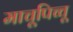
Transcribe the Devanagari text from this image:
माचूपिच्चू